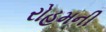
રોહમની